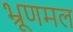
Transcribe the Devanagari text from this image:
भ्रूणमल